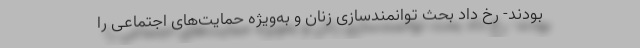
بودند- رخ داد بحث توانمندسازی زنان و به‌ویژه حمایت‌های اجتماعی را